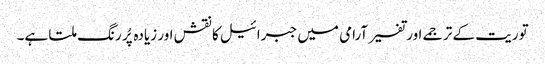
توریت کے ترجمے اور تفسیر آرامی میں جبرائیل کا نقش اور زیادہ پُر رنگ ملتا ہے۔